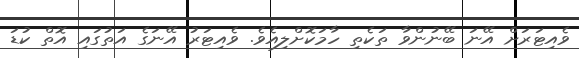
ވެއިޓަރަށް އޭނަ ބޭނުންވާ ތަކެތި ހާމަކޮށްލިއެވެ. ވެއިޓަރު އޭނަގެ އަތުގައި އޮތް ކުޑަ